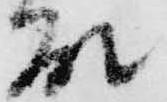
殿